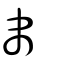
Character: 帇